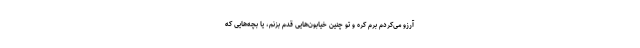
آرزو می‌کردم برم کره و تو چنین خیابون‌هایی قدم بزنم، یا بچه‌هایی که